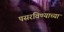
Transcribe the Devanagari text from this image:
पसरविण्याच्या